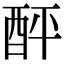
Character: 𨠟